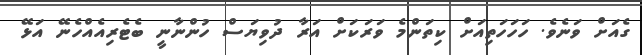
ގެއަށް ވަނެވެ. ހަހަހަތިއަށް ކިތަންމެ ވަރަކަށް އަރާ ދުވިޔަސް ހުންނާނީ ބެޓެރިއެއްހެނޭ އަޅޭ